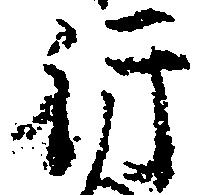
行